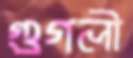
গুগলী